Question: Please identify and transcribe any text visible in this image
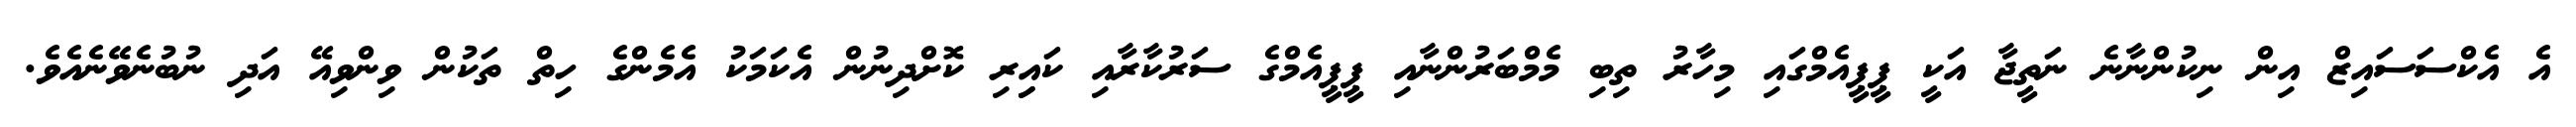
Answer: އެ އެކްސަސައިޒް އިން ނިކުންނާނެ ނަތީޖާ އަކީ ޕީޕީއެމްގައި މިހާރު ތިބި މެމްބަރުންނާއި ޕީޕީއެމްގެ ސަރުކާރާއި ކައިިރި ކޮށްދިނުން އެކަމަކު އެމެންގެ ހިތް ތަކުން ވިންވިއޭ އަދި ނުބުނެވޭނެއެވެ.